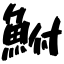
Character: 鮒